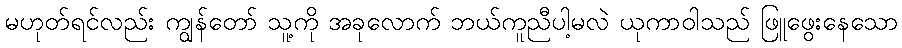
မဟုတ်ရင်လည်း ကျွန်တော် သူ့ကို အခုလောက် ဘယ်ကူညီပါ့မလဲ ယုကာဝါသည် ဖြူဖွေးနေသော